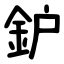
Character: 鈩